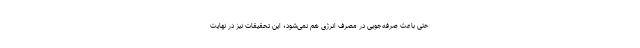
حتی باعث صرفه‌جویی در مصرف انرژی هم نمی‌شود؛ این تحقیقات نیز در نهایت